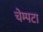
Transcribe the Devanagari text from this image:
चेम्पटा